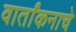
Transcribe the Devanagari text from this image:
वार्तांकनाचे